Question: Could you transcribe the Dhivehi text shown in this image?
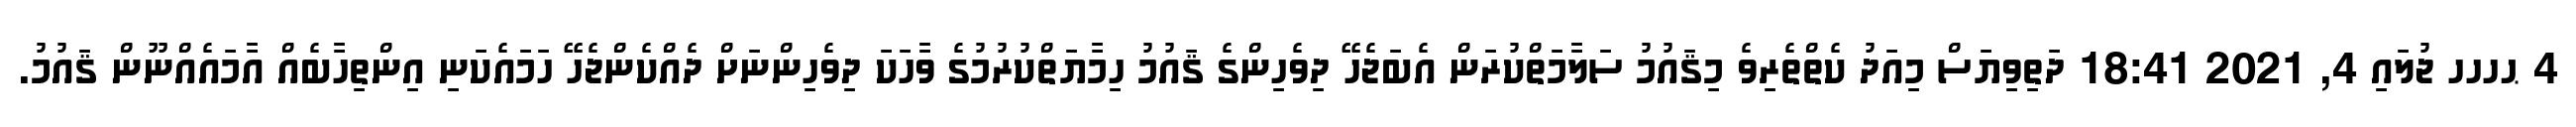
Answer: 4 ޙހހހ ޖުލައި 4, 2021 18:41 ދަތިވިޔަސް މިއަދު ކެތްތެރިވެ މިޤައުމު ސަލާމަތްކުރަން އެބަޖެހޭ ދިވެހިންގެ ޤައުމު ހިމާޔަތްކުރުމުގެ ވާހަކަ ދިވެހިންނަށް ދެއްކެންޖެހޭ ހަމައެކަނި އިންތިހާބެއް އާމައެއްނޫން ޤައުމު.